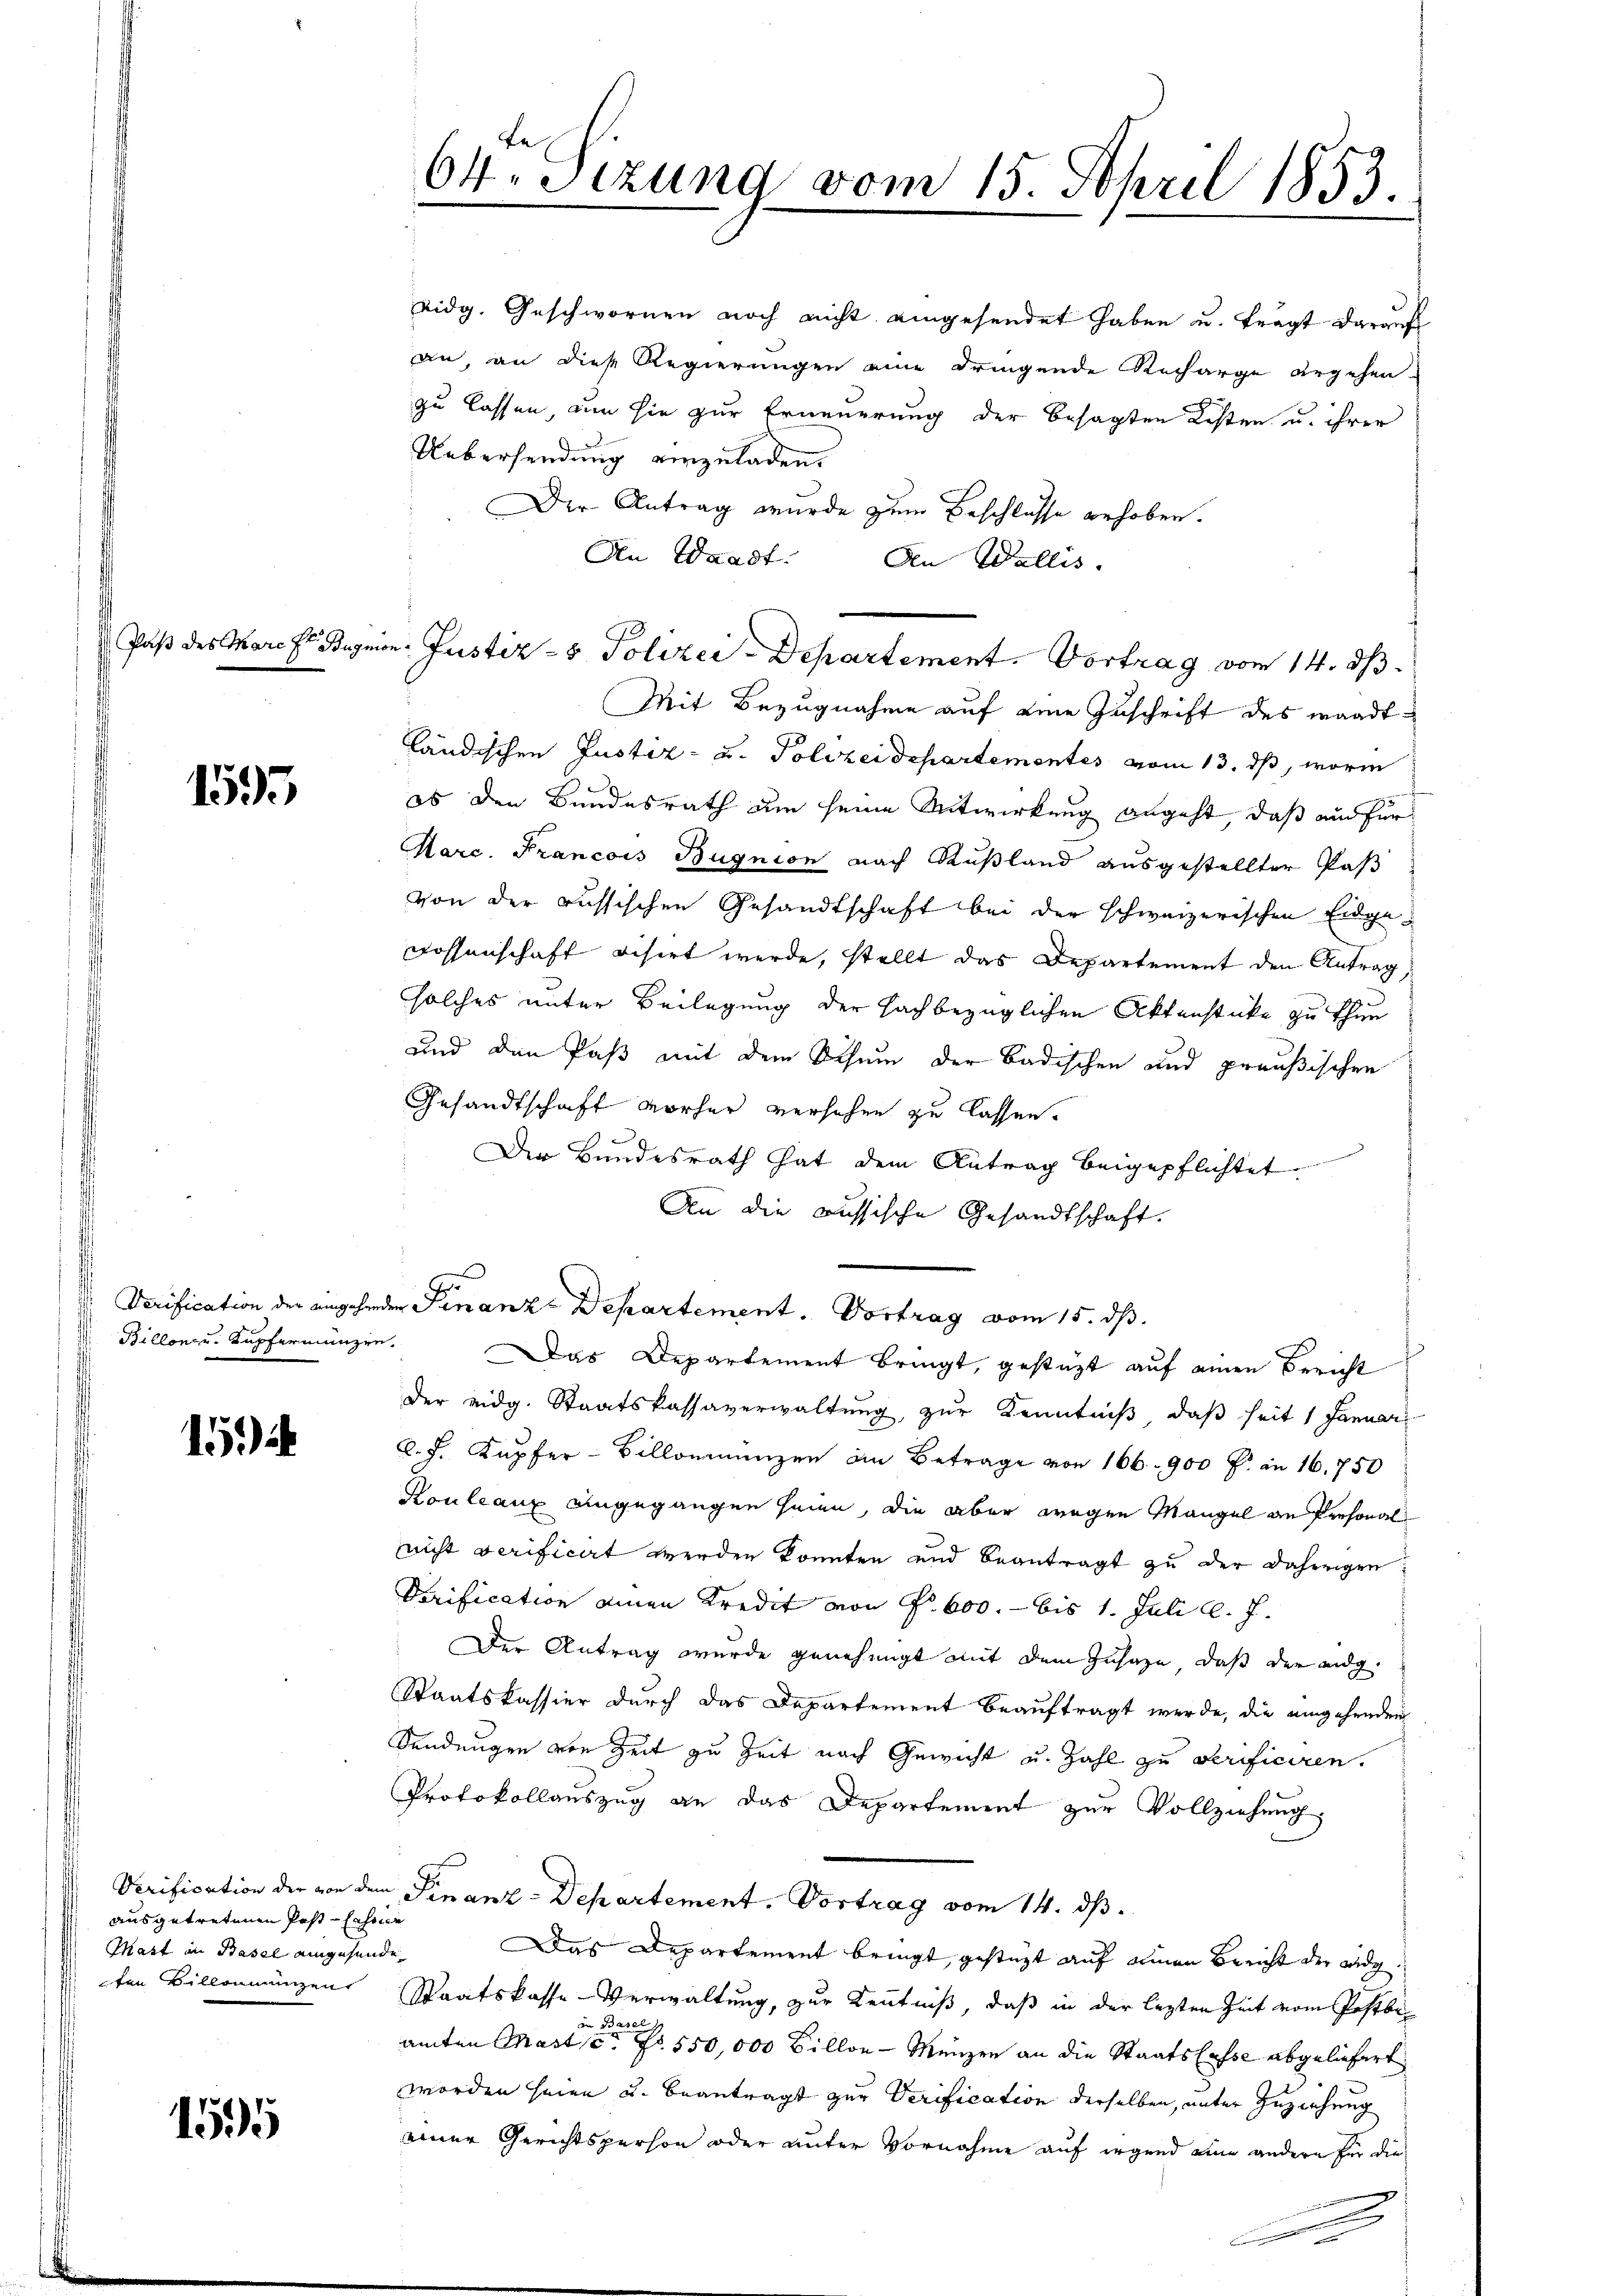
Paß des March Bug

1595

Verification der eingehen
Billon u. Kupfermanzen

15.)

ausgetretenen Post-Fahrne
Mast in Basel eingesende
ton Balleinanzen

1595

64. Sitzung vom 15. April 1853.

Uebersendung einzuladen.
Der Antrag wurde zum Beschlusse erhoben.
An Waadt.
An Wallis.
Mit Bezugnahme auf eine Zuschrift des wandtländischen Justiz- u. Polizeidepartementes vom 13. ds, worin
b
ob den Bundesrath am seine Mitwirkung angeht, daß am für
Marc. Francois Bugnion nach Rußland ausgestellter Pas
von der russischen Gesandtschaft bei der schweizerischen Eidge¬
Rossenschaft visirt werde, stellt das Departement den Antrag,
solches unter Beilegung der sachbezüglichen Aktenstücke zu thun
und den Paß mit dem Schum der Badischen und preußischen
Gesandtschaft vorher versehen zu lassen.
Der Bundesrath hat dem Antrag beigepflichtet.
An die aussische Gesandtschaft.
de Finanze Departement. Vortrag vom 15. dß.
e
Das Departement bringt, gestützt auf einen Bericht
der eidg. Staatskassaverwaltung, zur Kenntniß, daß seit 1 Januar
C. J. Kupfer-Billonienzen an Betrage von 166. 900 f. an 16,750
Kouleaux eingegangen seien, die aber wegen Mangel an Personal
nicht verificirt werden konnten und beantragt zu der daherigen
Verification einen Kredit von P. 600. - bis 1. Juli l. J.
Der Antrag wurde genehmigt mit dem Zusage, daß der eidg
Staatskassier durch das Departement beauftragt werde, die eingehenden
Sendungen von Zeit zu Zeit nach Gewicht u. Zahl zu verificiren.
Protokollauszug an das Departement zur Vollziehung,
Verification der von dem Finanz-Departement. Vortrag vom 14. ds.
Das Departement bringt, gesteht auf einen Bericht der aug.
Staatskasse-Verwaltung, zur Kenntniß, daß in der lezten Zeit vom Postbevon des Mit Rober
amten Mast c. fr. 550,000 Billon - Menzen an die Staatslasse abgeliefert
worden seien u. beantragt zur Verification derselben, unter Zuziehung
einer Gerichtsperson oder unter Vornahme auf irgend eine andern für die

von: Justiz- & Polizei-Departement. Vortrag vom 14. ds.

Eidg. Geschwornen noch nicht eingesendet haben u. frägt darauf
an, an diese Regierungen eine dringende Recharge ergehen.
zu lassen nun sie zur Erneuerung der besagten Kosten u. ihrer

r